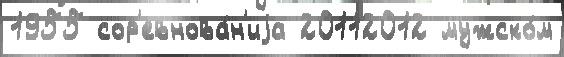
1955 сор'евнова́н'иjа 20112012 мужско́м